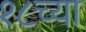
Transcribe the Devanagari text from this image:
१८च्या